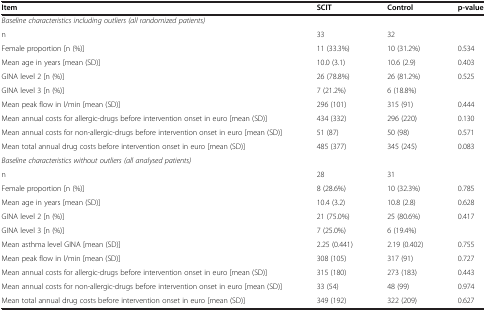
<table><thead><tr><td><b>Item</b></td><td><b>SCIT</b></td><td><b>Control</b></td><td><b>p-value</b></td></tr></thead><tbody><tr><td colspan="4"><i>Baseline characteristics including outliers (all randomizedpatients)</i></td></tr><tr><td>n</td><td>33</td><td>32</td><td> </td></tr><tr><td>Female proportion [n (%)]</td><td>11 (33.3%)</td><td>10 (31.2%)</td><td>0.534</td></tr><tr><td>Mean age in years [mean (SD)]</td><td>10.0 (3.1)</td><td>10.6 (2.9)</td><td>0.403</td></tr><tr><td>GINA level 2 [n (%)]</td><td>26 (78.8%)</td><td>26 (81.2%)</td><td rowspan="2">0.525</td></tr><tr><td>GINA level 3 [n (%)]</td><td>7 (21.2%)</td><td>6 (18.8%)</td></tr><tr><td>Mean peak flow in l/min [mean (SD)]</td><td>296 (101)</td><td>315 (91)</td><td>0.444</td></tr><tr><td>Mean annual costs for allergic-drugs before intervention onset in euro[mean (SD)]</td><td>434 (332)</td><td>296 (220)</td><td>0.130</td></tr><tr><td>Mean annual costs for non-allergic-drugs before intervention onset ineuro [mean (SD)]</td><td>51 (87)</td><td>50 (98)</td><td>0.571</td></tr><tr><td>Mean total annual drug costs before intervention onset in euro [mean(SD)]</td><td>485 (377)</td><td>345 (245)</td><td>0.083</td></tr><tr><td colspan="4"><i>Baseline characteristics without outliers (all analysedpatients)</i></td></tr><tr><td>n</td><td>28</td><td>31</td><td> </td></tr><tr><td>Female proportion [n (%)]</td><td>8 (28.6%)</td><td>10 (32.3%)</td><td>0.785</td></tr><tr><td>Mean age in years [mean (SD)]</td><td>10.4 (3.2)</td><td>10.8 (2.8)</td><td>0.628</td></tr><tr><td>GINA level 2 [n (%)]</td><td>21 (75.0%)</td><td>25 (80.6%)</td><td rowspan="2">0.417</td></tr><tr><td>GINA level 3 [n (%)]</td><td>7 (25.0%)</td><td>6 (19.4%)</td></tr><tr><td>Mean asthma level GINA [mean (SD)]</td><td>2.25 (0.441)</td><td>2.19 (0.402)</td><td>0.755</td></tr><tr><td>Mean peak flow in l/min [mean (SD)]</td><td>308 (105)</td><td>317 (91)</td><td>0.727</td></tr><tr><td>Mean annual costs for allergic-drugs before intervention onset in euro[mean (SD)]</td><td>315 (180)</td><td>273 (183)</td><td>0.443</td></tr><tr><td>Mean annual costs for non-allergic-drugs before intervention onset ineuro [mean (SD)]</td><td>33 (54)</td><td>48 (99)</td><td>0.974</td></tr><tr><td>Mean total annual drug costs before intervention onset in euro [mean(SD)]</td><td>349 (192)</td><td>322 (209)</td><td>0.627</td></tr></tbody></table>